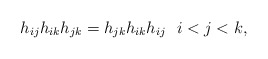
\begin{gather*}h_{ij} h_{ik} h_{jk}=h_{jk} h_{ik} h_{ij} \ \ i < j < k,\end{gather*}